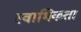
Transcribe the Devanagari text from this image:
स्वाभिकता